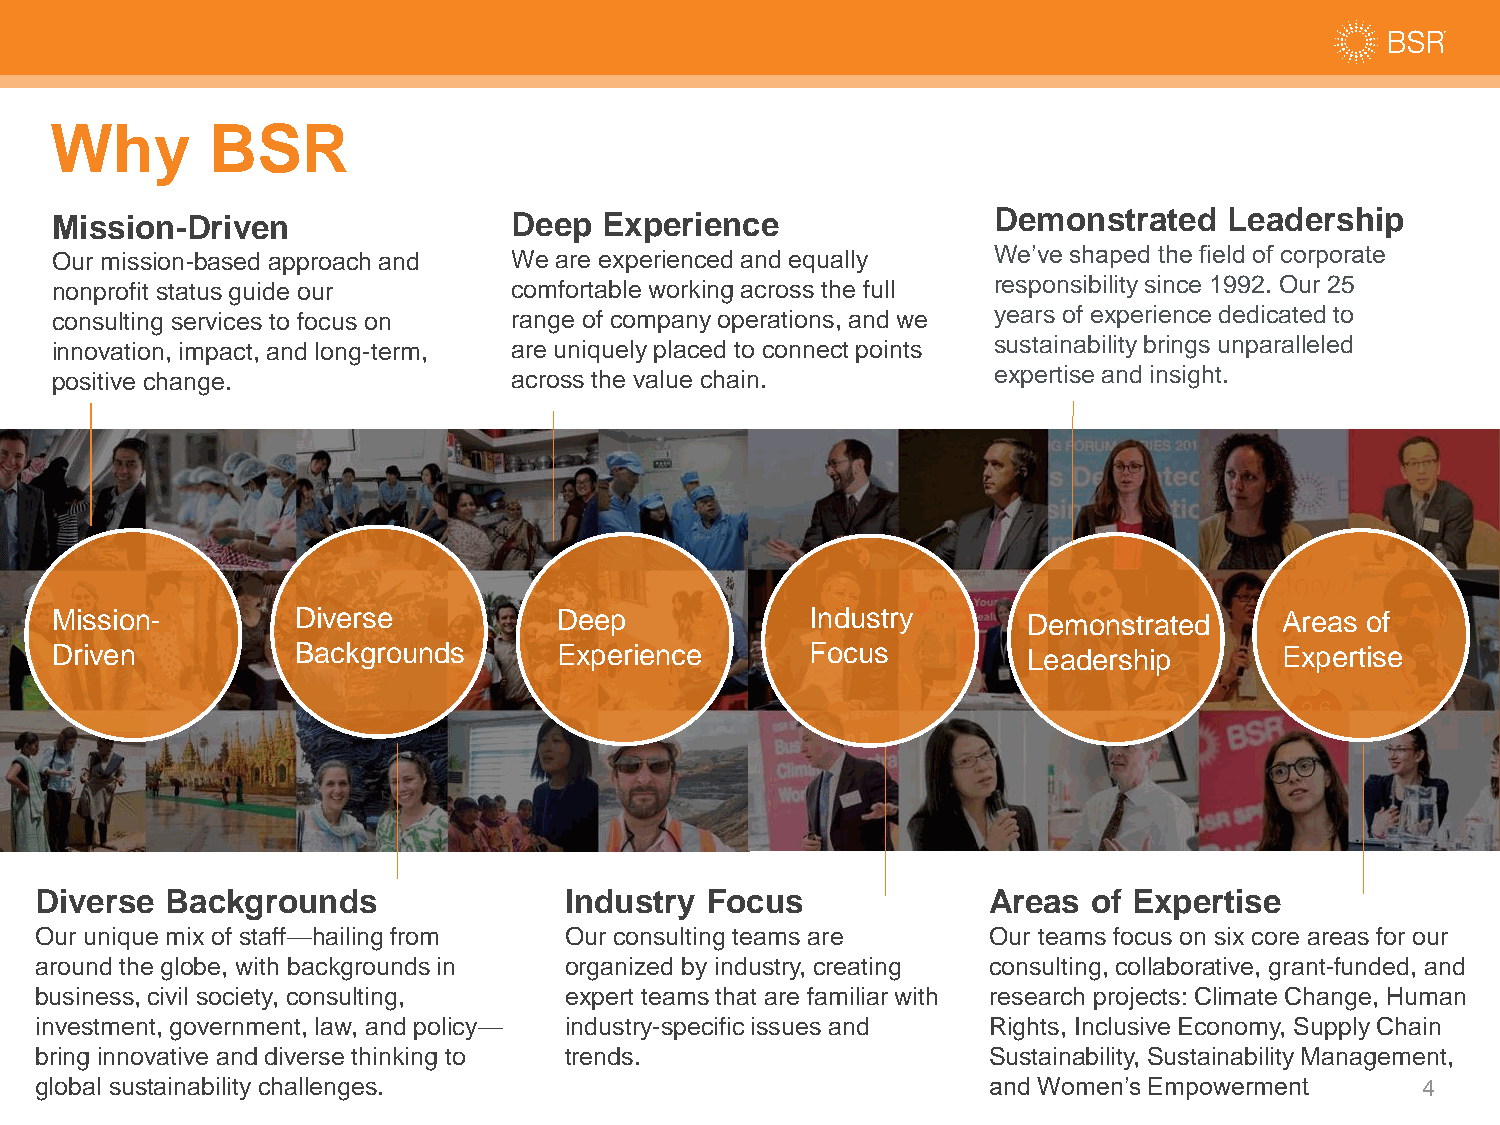
Why        BSR
 Mission-Driven                 Deep  Experience                Demonstrated   Leadership
 Our mission-based approach and We are experienced and equally  We’ve shaped the field of corporate
 nonprofit status guide our     comfortable working across the full responsibility since 1992. Our 25
 consulting services to focus on range of company operations, and we years of experience dedicated to
 innovation, impact, and long-term, are uniquely placed to connect points sustainability brings unparalleled
 positive change.               across the value chain.         expertise and insight.
 Mission-         Diverse          Deep             Industry      Demonstrated     Areas of
 Driven           Backgrounds      Experience       Focus         Leadership       Expertise
 Diverse  Backgrounds               Industry  Focus             Areas  of Expertise
 Our unique mix of staff—hailing from Our consulting teams are  Our teams focus on six core areas for our
 around the globe, with backgrounds in organized by industry, creating consulting, collaborative, grant-funded, and
 business, civil society, consulting, expert teams that are familiar with research projects: Climate Change, Human
 investment, government, law, and policy— industry-specific issues and Rights, Inclusive Economy, Supply Chain
 bring innovative and diverse thinking to trends.               Sustainability, Sustainability Management,
 global sustainability challenges.                              and Women’s Empowerment      4